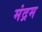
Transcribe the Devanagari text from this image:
मंद्रम